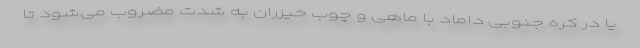
یا در کره جنوبی داماد با ماهی و چوب خیزران به شدت مضروب می‌شود تا